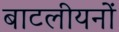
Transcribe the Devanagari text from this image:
बाटलीयनों